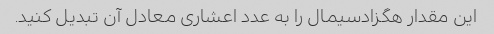
این مقدار هگزادسیمال را به عدد اعشاری معادل آن تبدیل کنید.